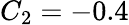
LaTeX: C_{2}=-0.4